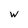
Character: W